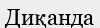
Диқанда